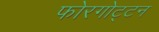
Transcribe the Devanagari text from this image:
फोरगोट्टन